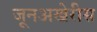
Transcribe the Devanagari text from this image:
जूनअखेरीस